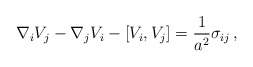
\begin{align*}\nabla_{i}V_{j}-\nabla_{j}V_{i}-[V_{i},V_{j}] =\frac{1}{a^{2}}\sigma_{ij}\, ,\end{align*}